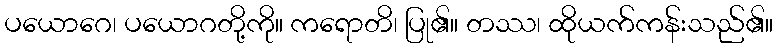
ပယောဂေ၊ ပယောဂတို့ကို။ ကရောတိ၊ ပြု၏။ တဿ၊ ထိုယက်ကန်းသည်၏။